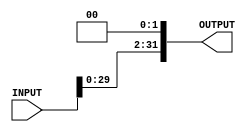
module Shift_Left_twice #(parameter INPUT_WIDTH=32,
                          parameter OUTPUT_WIDTH=32)
         (input   wire [INPUT_WIDTH-1:0]   INPUT,
          output  reg  [OUTPUT_WIDTH-1:0]  OUTPUT
          );
          
 always@(*)
   begin
     OUTPUT=INPUT<<2;
   end
 endmodule